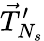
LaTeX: \vec{T}_{N_{s}}^{\prime}